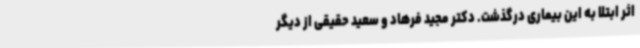
اثر ابتلا به این بیماری درگذشت. دکتر مجید فرهاد و سعید حقیقی از دیگر